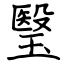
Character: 瑿